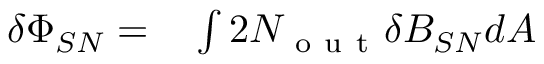
\begin{array} { r l } { \delta \Phi _ { S N } = } & { { } \int 2 N _ { \mathrm { ~ o ~ u ~ t ~ } } \delta B _ { S N } d A } \end{array}